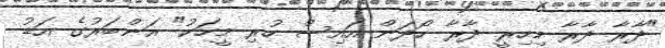
"ދާރާ ދާރާ މިހިރީ ދާރާ ހޯދަން އައިސް ހުރި މީހަކު" އަންބަރުގެ އަޑު